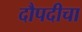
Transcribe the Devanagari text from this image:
दौपदीचा